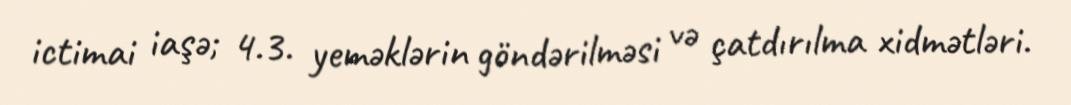
ictimai iaşə; 4.3. yeməklərin göndərilməsi və çatdırılma xidmətləri.